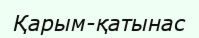
Қарым-қатынас